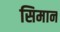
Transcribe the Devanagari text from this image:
सिमान